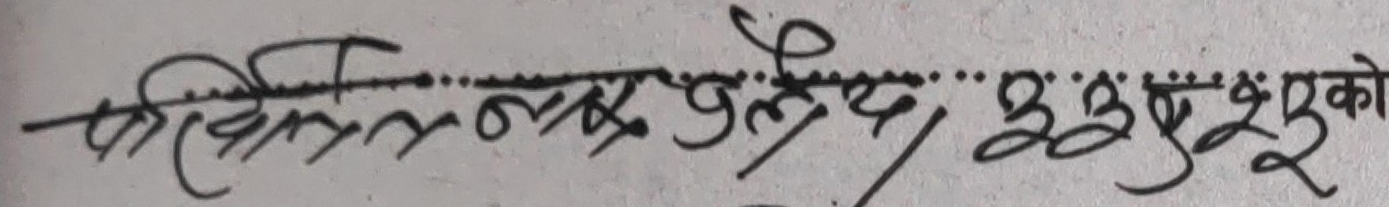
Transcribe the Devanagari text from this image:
श्री तुलसी राम उपेन्द्र बढुवा भएको